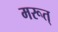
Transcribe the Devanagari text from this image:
मरूत्